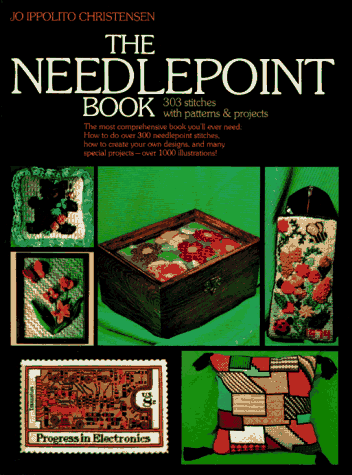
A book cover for The Needlepoint Book: 303 Stitches With Patterns and Projects; Jo Ippolito Christensen; Crafts, Hobbies & Home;